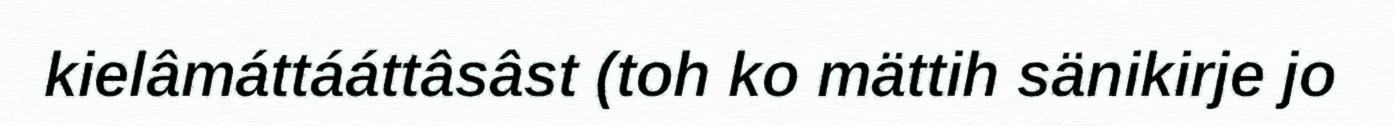
kielâmáttááttâsâst (toh ko mättih sänikirje jo